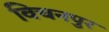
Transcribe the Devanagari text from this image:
विचनपुर